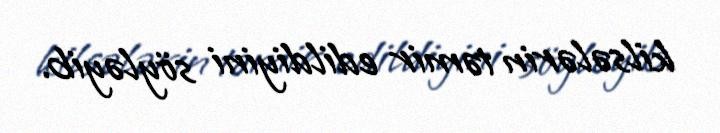
kilsələrin təmir edildiyini söyləyib.